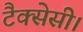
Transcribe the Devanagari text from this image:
टैक्सेसी।